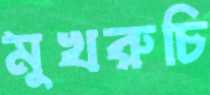
মুখরুচি